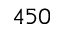
4 5 0